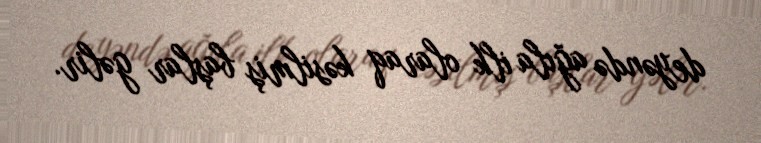
deyəndə ağıla ilk olaraq kəsilmiş başlar gəlir.